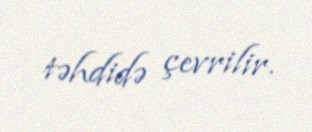
təhdidə çevrilir.